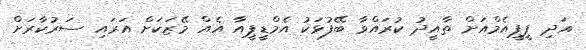
އަދި ޕީޕީއެމްއަށް ތާއީދު ކުރައްވާ ބޭފުޅަކު އެމްޑީޕީއާ އެއް މޭޒަކަށް އަރައި ސަރުކާރަށް